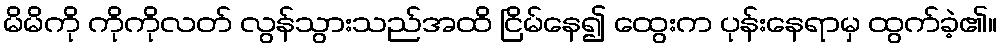
မိမိကို ကိုကိုလတ် လွန်သွားသည်အထိ ငြိမ်နေ၍ ထွေးက ပုန်းနေရာမှ ထွက်ခဲ့၏။